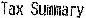
TAX SUMMARY